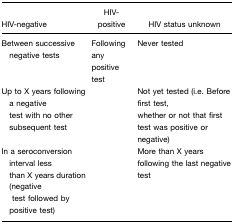
<table><thead><tr><td><b>HIV-negative</b></td><td><b>HIV-positive</b></td><td><b>HIV status unknown</b></td></tr></thead><tbody><tr><td>Between successive negative tests</td><td>Following any positive test</td><td>Never tested</td></tr><tr><td>Up to X years following a negative test with no other subsequent test</td><td></td><td>Not yet tested (i.e. Before first test, whether or not that first test was positive or negative)</td></tr><tr><td>In a seroconversion interval less than X years duration (negative test followed by positive test)</td><td></td><td>More than X years following the last negative test</td></tr></tbody></table>